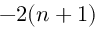
- 2 ( n + 1 )